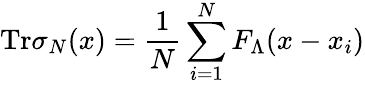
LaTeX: \mathrm{Tr}\sigma_{N}(x)=\frac{1}{N}\sum_{i=1}^{N}F_{\Lambda}(x-x_{i})